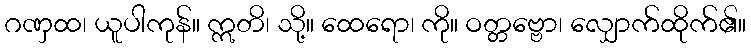
ဂဏှထ၊ ယူပါကုန်။ ဣတိ၊ သို့။ ထေရော၊ ကို။ ဝတ္တဗ္ဗော၊ လျှောက်ထိုက်၏။